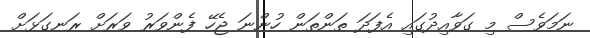
ނަމަވެސް މި ގަވާއިދުގައި އެފަދަ ތަންތަން ހުންނަ ޖެހޭ ފެންވަރު ވަރަށް ރަނގަޅަށް